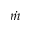
\dot { m }